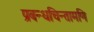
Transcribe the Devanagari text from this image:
प्रबन्धचिन्तामणि